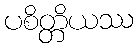
ပစိတ္တိယဿ